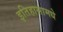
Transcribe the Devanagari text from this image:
इतिहासामधे